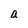
Character: a